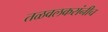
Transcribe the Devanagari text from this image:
तळवलकरांनीच